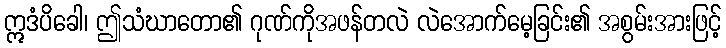
ဣဒံပိခေါ၊ ဤသံဃာတော၏ ဂုဏ်ကိုအဖန်တလဲ လဲအောက်မေ့ခြင်း၏ အစွမ်းအားဖြင့်